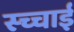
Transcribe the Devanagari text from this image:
स्च्चाई